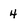
Character: 4